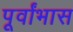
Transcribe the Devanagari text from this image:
पूर्वांभास